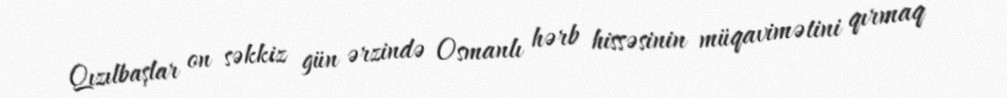
Qızılbaşlar on səkkiz gün ərzində Osmanlı hərb hissəsinin müqavimətini qırmaq